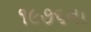
૧૯૭૬ના